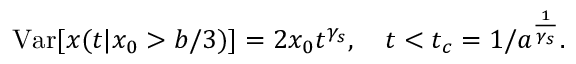
\mathrm { V a r } [ x ( t | x _ { 0 } > b / 3 ) ] = 2 x _ { 0 } t ^ { \gamma _ { s } } , \quad t < t _ { c } = 1 / a ^ { \frac { 1 } { \gamma _ { s } } } .